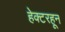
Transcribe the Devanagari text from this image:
हेक्टरहून